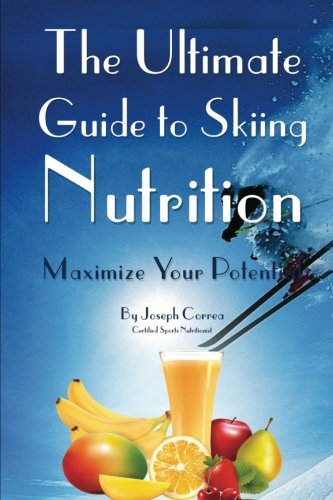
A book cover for The Ultimate Guide to Skiing Nutrition: Maximize Your Potential; Joseph Correa (Certified Sports Nutritionist); Sports & Outdoors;